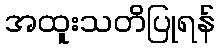
အထူးသတိပြုရန်